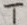
Text: T